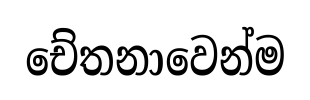
චේතනාවෙන්ම